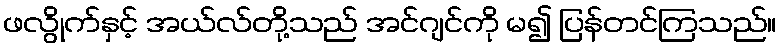
ဖလွိုက်နှင့် အယ်လ်တို့သည် အင်ဂျင်ကို မ၍ ပြန်တင်ကြသည်။